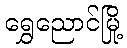
ရွှေညောင်မြို့